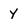
Character: Y